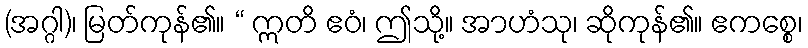
(အဂ္ဂါ)၊ မြတ်ကုန်၏။ “ ဣတိ ဧဝံ၊ ဤသို့။ အာဟံသု၊ ဆိုကုန်၏။ ဧကစ္စေ၊